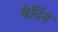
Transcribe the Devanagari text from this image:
बेदिंग